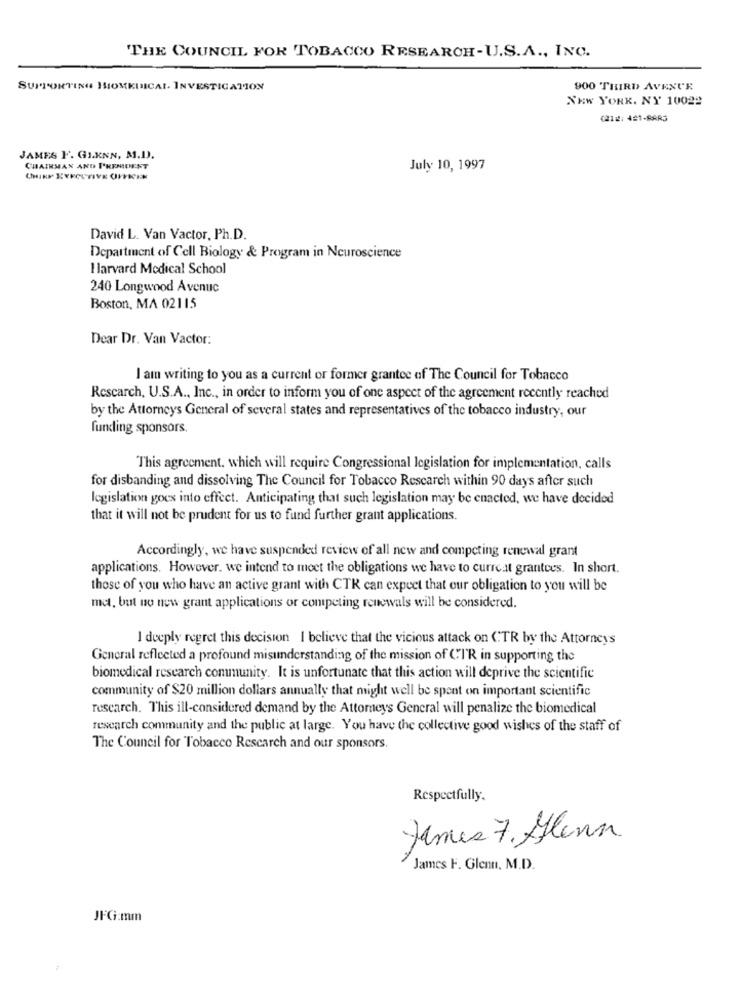
THE COUNCIL FOR TOBACCO RESEARCH-U.S.A ., INC.
SUPPORTING HIOMKUICAL. INVESTIGATION
900 THIRD AVENUE
NEW YORK, NY 10022
(212: 421-BARS
JAMES F. GI.KNN, M.D).
CHAIRMAN AND PREMDENT
July 10, 1997
David L. Van Vactor, Ph.D.
Department of Cell Biology & Program in Neuroscience
I larvard Medical School
240 Longwood Avenue
Boston, MA 02115
Dear Dr. Van Vactor:
I am writing to you as a current or former grantee of The Council for Tobacco
Rescarch, U.S.A ., Inc ., in order to inform you of one aspect of the agreement recently reached
by the Attorneys General of several states and representatives of the tobacco industry, our
funding sponsors,
This agreement, which will require Congressional legislation for implementation, calls
for disbanding and dissolving The Council for Tobacco Rescarch within 90 days after such
legislation goes into effect. Anticipating that such legislation may be enacted, we have decided
that it will not be prudent for us to fund further grant applications.
Accordingly, we have suspended review of all new and competing renewal grant
applications. However, we intend to meet the obligations we have to currcat grantees. In short.
those of you who have an active grant with CTR can expect that our obligation to you will be
mct, but no new grant applications or competing renewals will be considered.
I deeply regret this decision I believe that the vicious attack on CTR by the Attorneys
General reflected a profound misunderstanding of the mission of CI'R in supporting the
biomedical research community. It is unfortunate that this action will deprive the scientific
community of $20 million dollars annually that might well be spent on important scientific
research. This ill-considered demand by the Attorneys General will penalize the biomedical
research community and the public at large. You have the collective good wishes of the staff of
The Council for Tobacco Research and our sponsors.
Respectfully.
James 7. Glenn
James F. Glenn. M.D.
JFG:mm